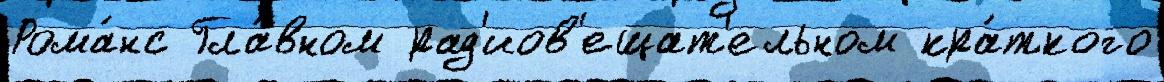
Рома́нс Гла́вном рад'иов'ещат'ельном кра́ткого